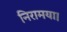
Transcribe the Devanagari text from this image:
निरामया।